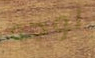
لوجه